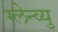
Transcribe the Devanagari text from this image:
ग्लेन्व्यु